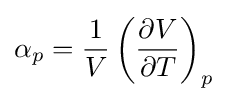
\alpha _{p}={\frac {1}{V}}\left({\frac {\partial V}{\partial T}}\right)_{p}